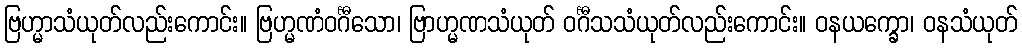
ဗြဟ္မာသံယုတ်လည်းကောင်း။ ဗြဟ္မဏံဝင်္ဂီသော၊ ဗြာဟ္မဏသံယုတ် ဝင်္ဂီသသံယုတ်လည်းကောင်း။ ဝနယက္ခော၊ ဝနသံယုတ်